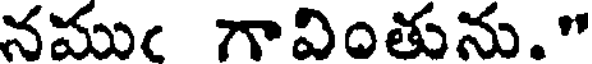
నముఁ గావింతును."